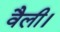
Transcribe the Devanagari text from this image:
वैली।